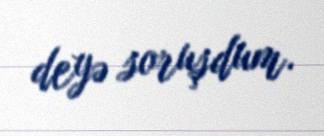
deyə soruşdum.